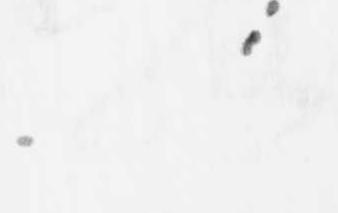
何